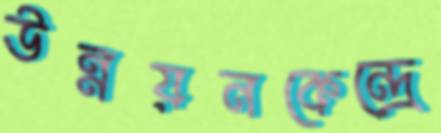
উন্নয়নকেন্দ্রে